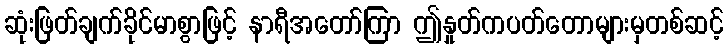
ဆုံးဖြတ်ချက်ခိုင်မာစွာဖြင့် နာရီအတော်ကြာ ဤနှုတ်ကပတ်တောများမှတစ်ဆင့်